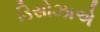
ડિસોઝાએ